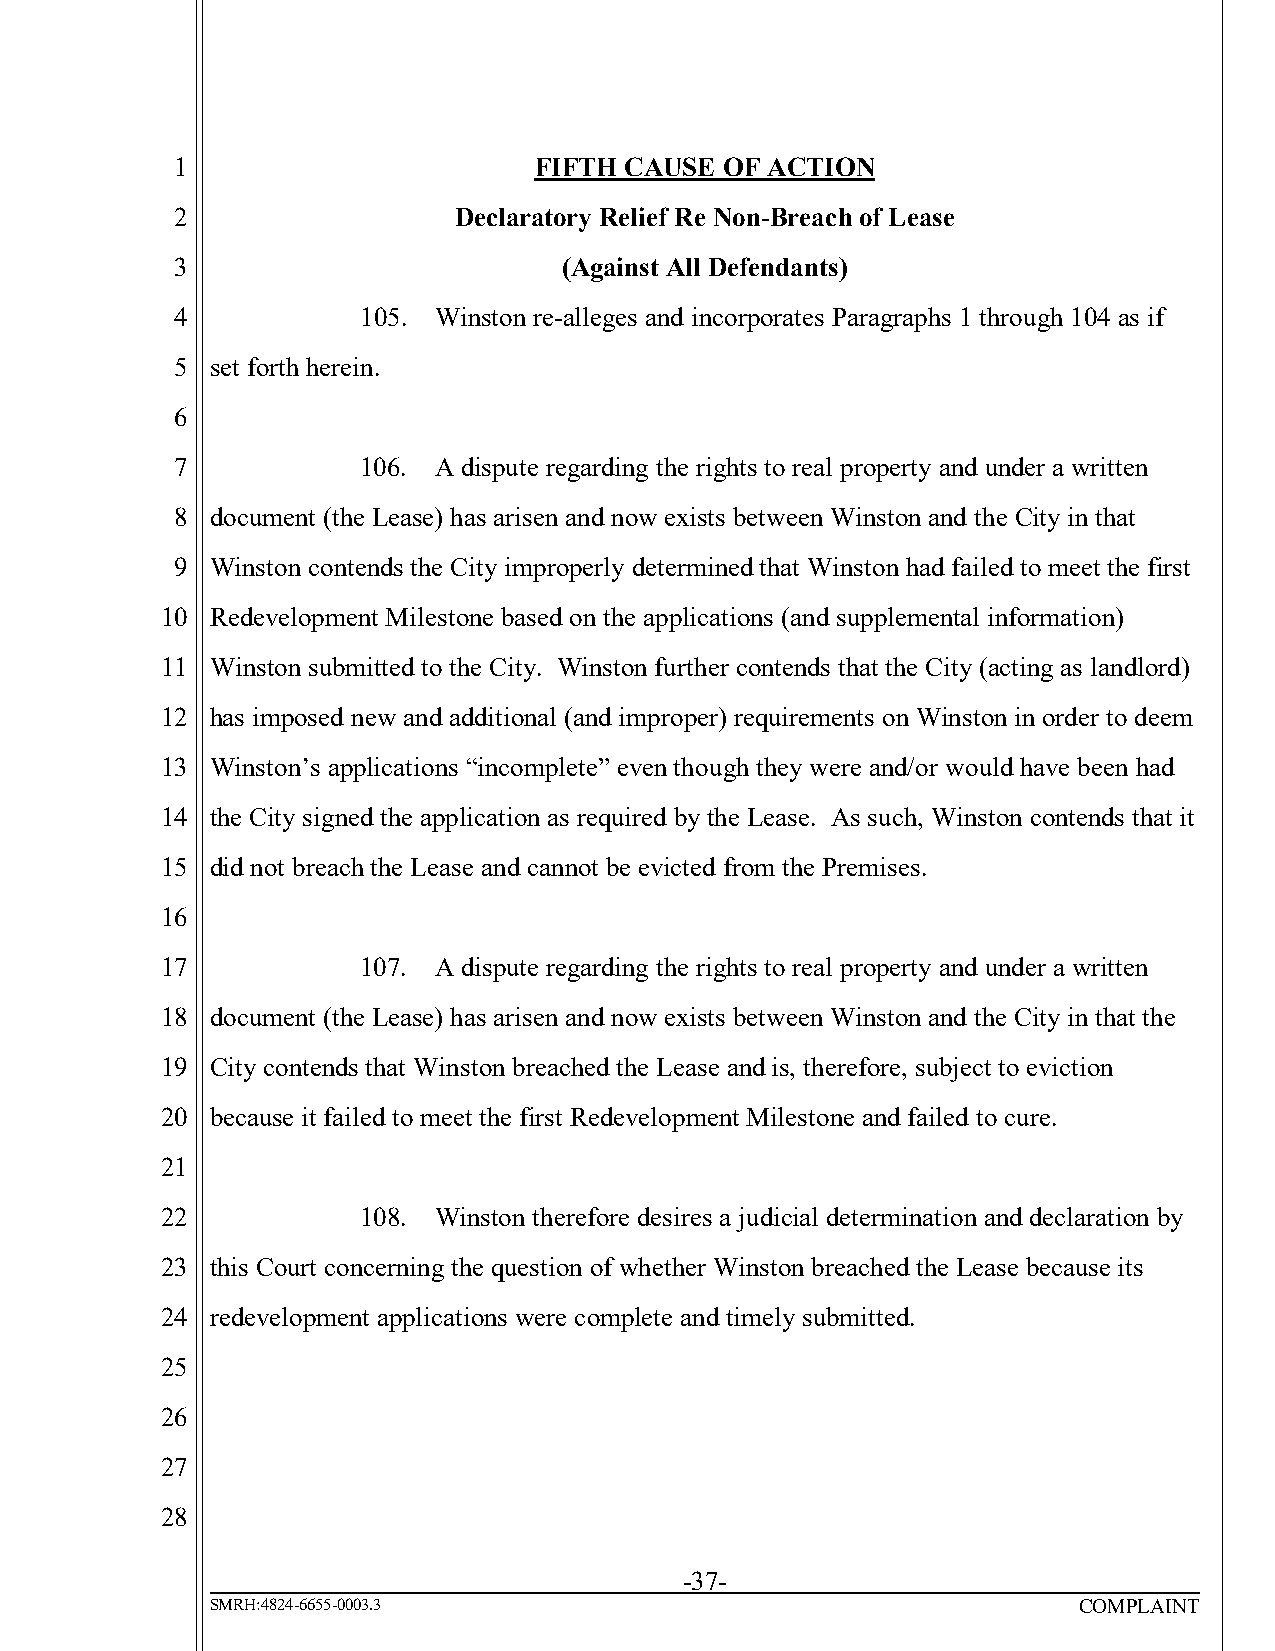
1                      FIFTH CAUSE  OF ACTION
 2                 Declaratory Relief Re Non-Breach of Lease
 3                        (Against All Defendants)
 4           105. Winston re-alleges and incorporates Paragraphs 1 through 104 as if
 5 set forth herein.
 6
 7           106. A dispute regarding the rights to real property and under a written
 8 document (the Lease) has arisen and now exists between Winston and the City in that
 9 Winston contends the City improperly determined that Winston had failed to meet the first
 10 Redevelopment Milestone based on the applications (and supplemental information)
 11 Winston submitted to the City. Winston further contends that the City (acting as landlord)
 12 has imposed new and additional (and improper) requirements on Winston in order to deem
 13 Winston’s applications “incomplete” even though they were and/or would have been had
 14 the City signed the application as required by the Lease. As such, Winston contends that it
 15 did not breach the Lease and cannot be evicted from the Premises.
 16
 17           107. A dispute regarding the rights to real property and under a written
 18 document (the Lease) has arisen and now exists between Winston and the City in that the
 19 City contends that Winston breached the Lease and is, therefore, subject to eviction
 20 because it failed to meet the first Redevelopment Milestone and failed to cure.
 21
 22           108. Winston therefore desires a judicial determination and declaration by
 23 this Court concerning the question of whether Winston breached the Lease because its
 24 redevelopment applications were complete and timely submitted.
 25
 26
 27
 28
 -37-
 SMRH:4824-6655-0003.3                                    COMPLAINT